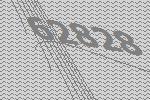
62828